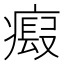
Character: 𤹱